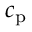
c _ { \mathrm { p } }